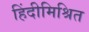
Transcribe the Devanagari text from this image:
हिंदीमिश्रित